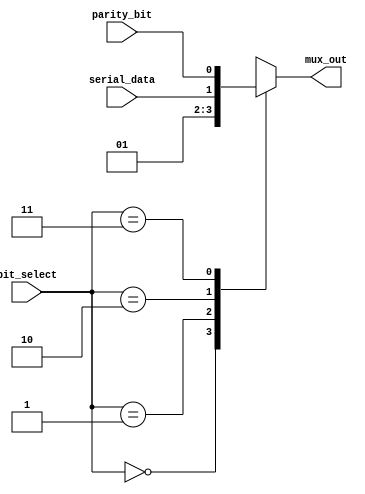
/*
* ----------------------------- Ports' Definition -----------------------------
* ----------------------------- Inputs -----------------------------
* bit_select:  The output mux selection bits that selects the output 
*              bit (start bit, serial data bit, parity bit, or stop bit).
* serial_data: The bit that is serially transmitted from the UART transmitter 
*              (i.e. the output bit from the serializer).
* parity_bit:  The parity bit of the parallel data to be transmitted.
* 
* ----------------------------- Outputs -----------------------------
* mux_out:     The output of the mux that selects between start, serial data, parity, 
*              or stop bits according to the state of the transmission.
*/

module output_multiplexer # (
    // Bit select values
    parameter [1:0] START_BIT_SELECT = 2'b00,
    parameter [1:0] STOP_BIT_SELECT = 2'b01,
    parameter [1:0] SERIAL_DATA_BIT_SELECT = 2'b10,
    parameter [1:0] PARITY_BIT_SELECT = 2'b11
)
(
    input [1:0] bit_select,
    input serial_data,
    input parity_bit,

    output reg mux_out
);

    always @(*) begin
        case (bit_select)
        START_BIT_SELECT: begin
            mux_out = 1'b0;
        end

        STOP_BIT_SELECT: begin
            mux_out = 1'b1;
        end

        SERIAL_DATA_BIT_SELECT: begin
            mux_out = serial_data;
        end

        PARITY_BIT_SELECT: begin
            mux_out = parity_bit;
        end

        endcase
    end

endmodule